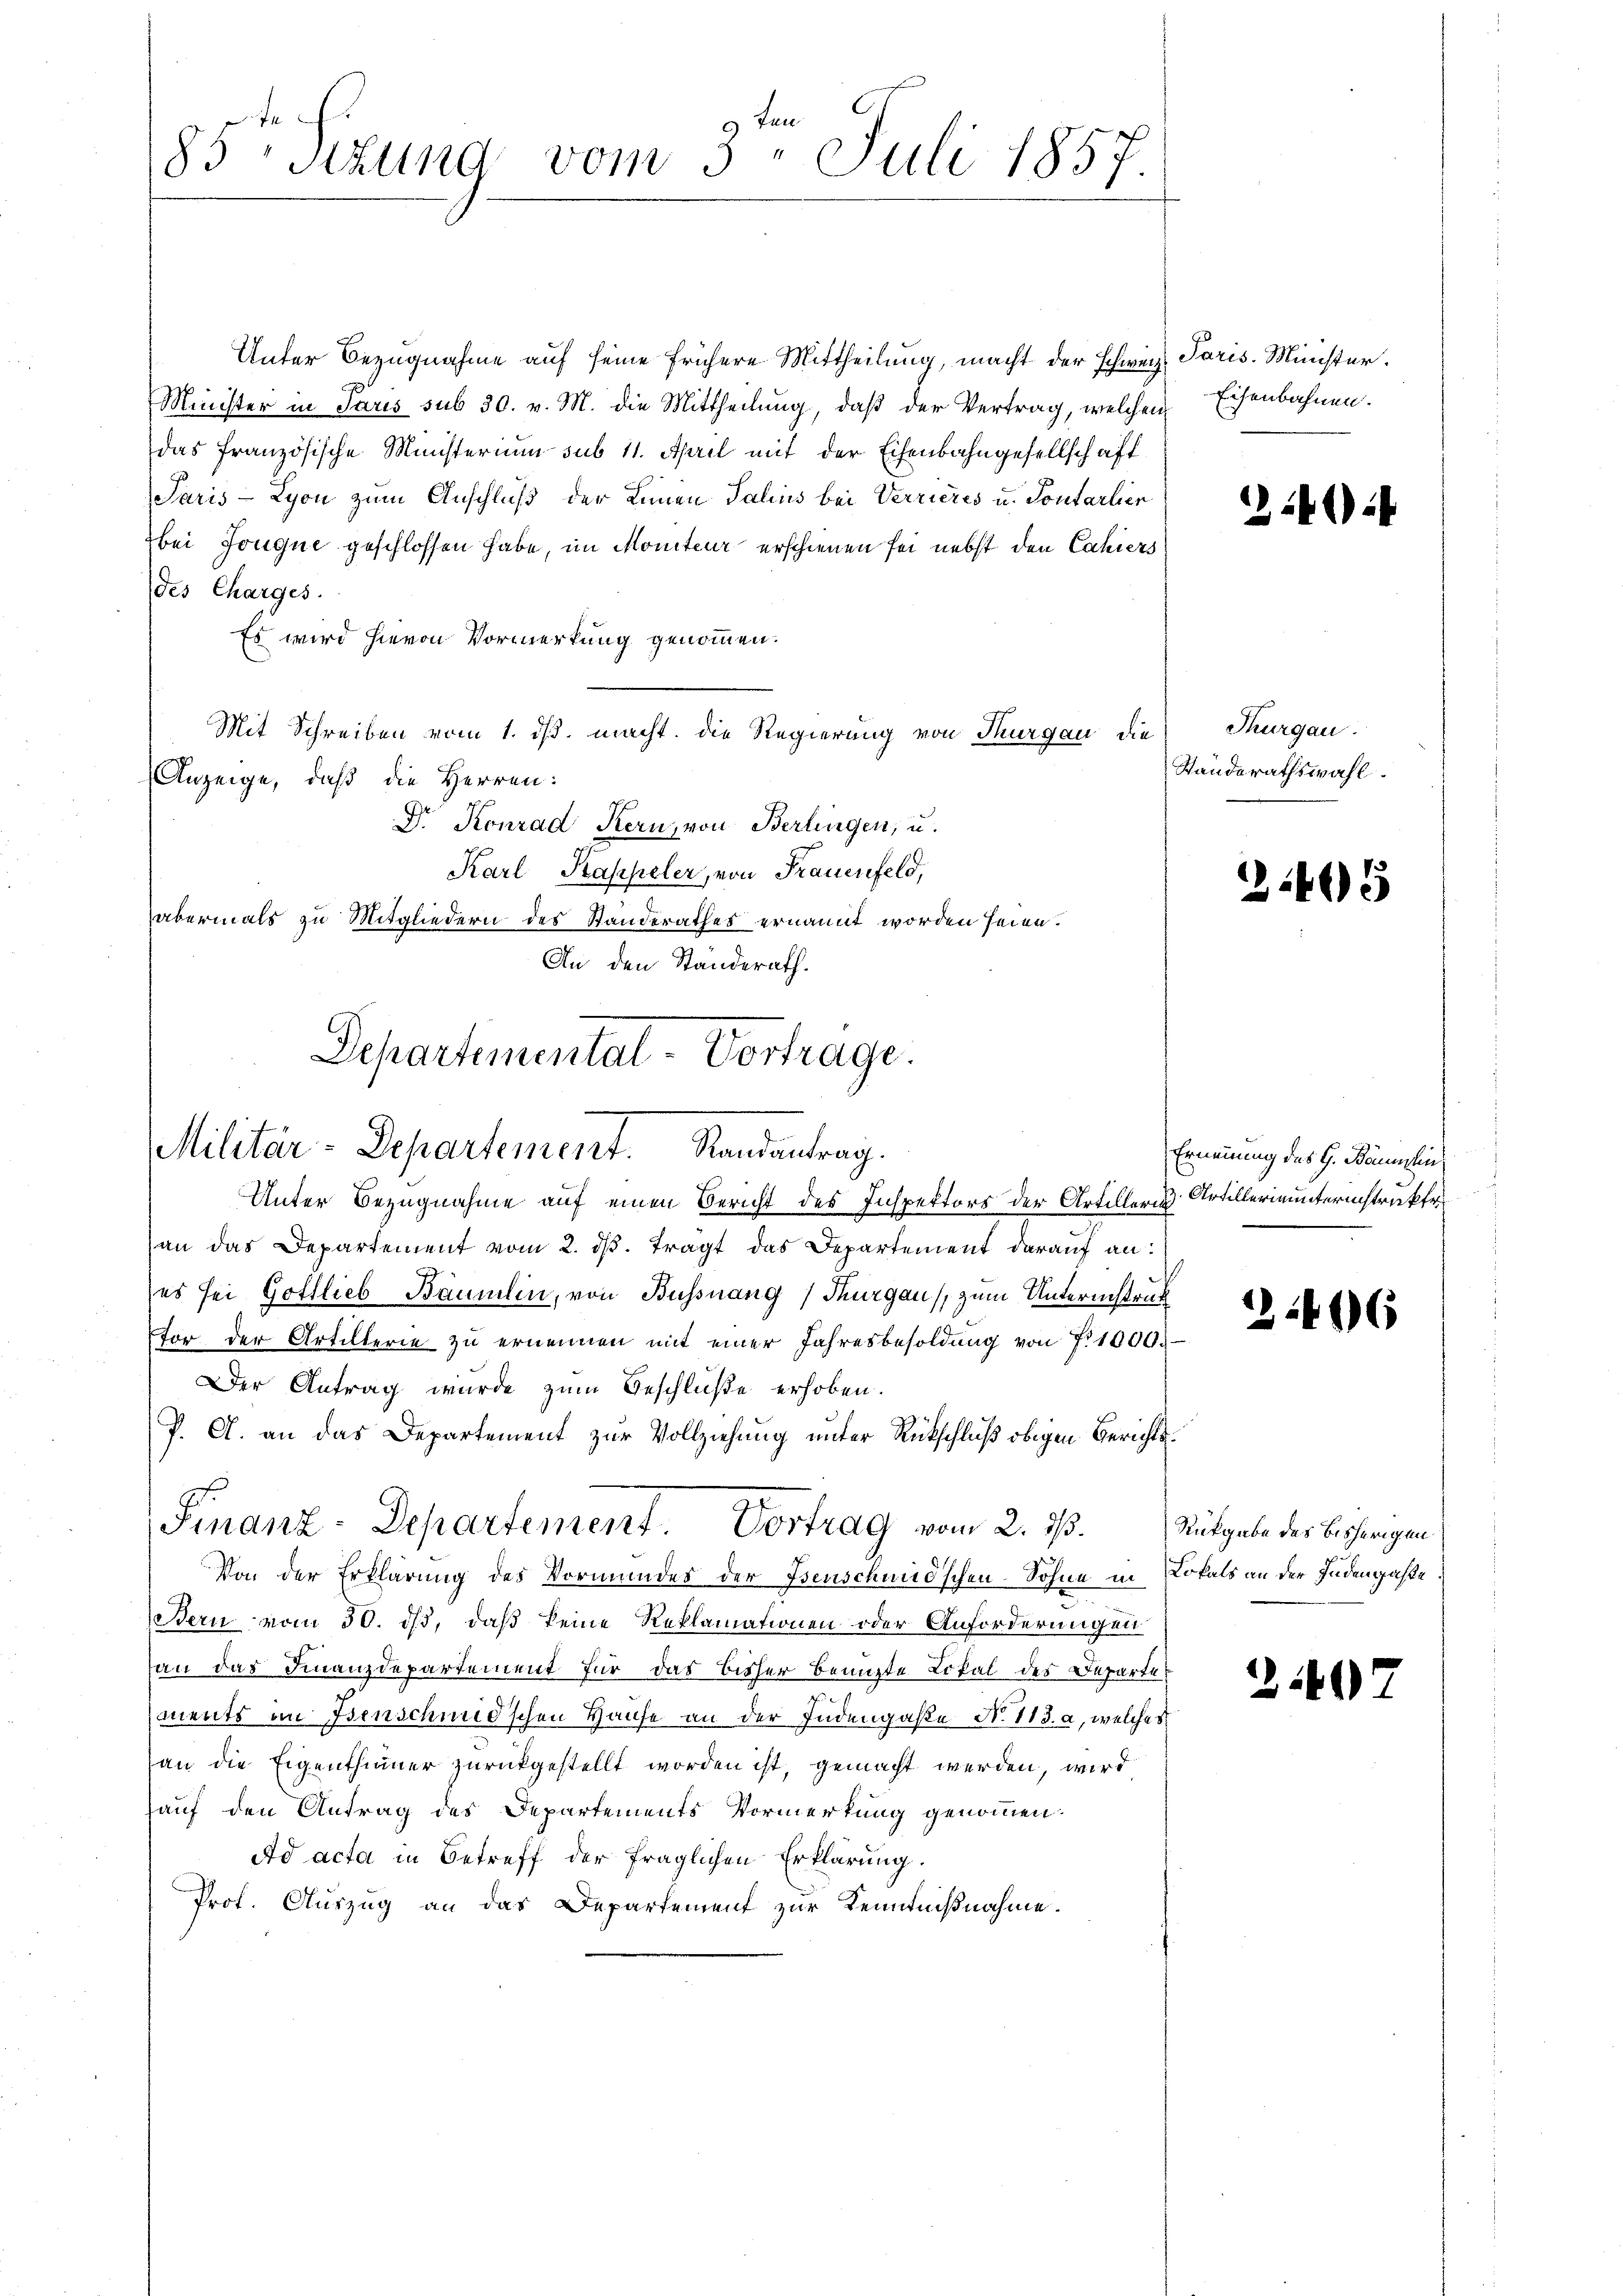
85 sizung vom 3. Juli 1857.

Unter Bezugnahme auf seine frühere Mittheilung, macht der schweiz. Paris. Minister.
Minister in Paris sub 30. v. M. die Mittheilung, daß der Vertrag, welchen
das französische Ministerium sub 11. April mit der Eisenbahngesellschaff
Paris - Lyon zum Anschluß der Linien Salins bei Verrieres u. Pontarlier
bei Jouque geschlossen habe, im Moniteur erschienen sei nebst den Cahiers
des Charges.
Es wird hievon Vormerkung genommen.
Mit Schreiben vom 1. ds. macht. Die Regierung von Thurgau die
Anzeige, daß die Herren:
Dr. Konrad Kern, von Berlingen, u.
Karl Kappeler, von Frauenfeld,
abermals zu Mitgliedern des Standerathes ernannt worden seien.
An den Standerath.
Departementat-Vortrage.

Militär-Departement. Randantrag.

Unter Bezugnahme auf einen Bericht des Inspektors der Artilleris Artillerinunterinstrakter
an das Departement vom 2. dβ. tragt das Departement darauf an:
es sei Gottlieb Baumlin, von Bussnang, Thurgau, zum Unterinstruk
for der Artillerie zu ernennen mit einer Jahresbesoldŭng von 7. 1000.-
Der Antrag wurde zum Beschluße erhoben.
P. A. an das Departement zur Vollziehung unter Rückschluß obigen Berichts¬
Von der Erklärung des Vormundes der Isenschundschen Sohne in Lokals an der Indengaße
Bern vom 30. ds., daß keine Reklamationen oder Anforderungen
an das Finanzdepartement für das bisher benuzte Lokal des Departet
ments im Isenschmid'schen Hause an der Judengaße N. 113. a, welches
an die Eigenthümer zurückgestellt worden ist, gemacht werden, wird
auf den Antrag des Departements Vormerkung genommen.
Ad acta in Betreff der fraglichen Erklärung.
Prof. Auszug an das Departement zur Kenntnißnahme.

Finanz-Departement. Vortrag vom 2. ds.

Eisenbahnen.

224)

Thurgau.
Standerathswahl.

21465

Ernennung des G. Bonischein

2496

Rückgabe des bisherigen

2407